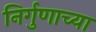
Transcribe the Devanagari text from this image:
निर्गुणाच्या